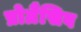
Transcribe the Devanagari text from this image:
प्रोग्रैसिव